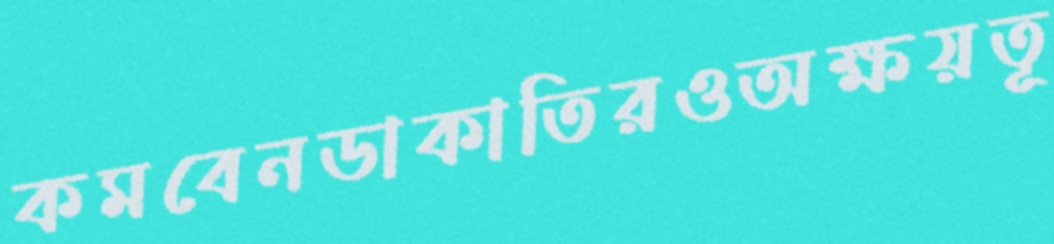
কমবেনডাকাতিরওঅক্ষয়তূ